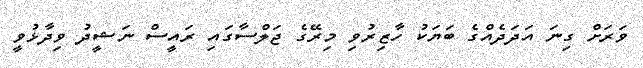
ވަރަށް ގިނަ އަދަދެއްގެ ބަޔަކު ހާޒިރުވި މިރޭގެ ޖަލްސާގައި ރައީސް ނަޝީދު ވިދާޅުވީ